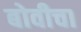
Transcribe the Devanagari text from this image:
बोवीचा